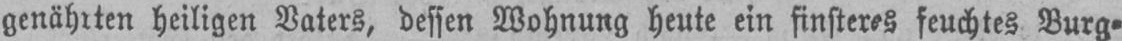
genährten heiligen Vaters, dessen Wohnung heute ein finsteres feuchtes Burg⸗